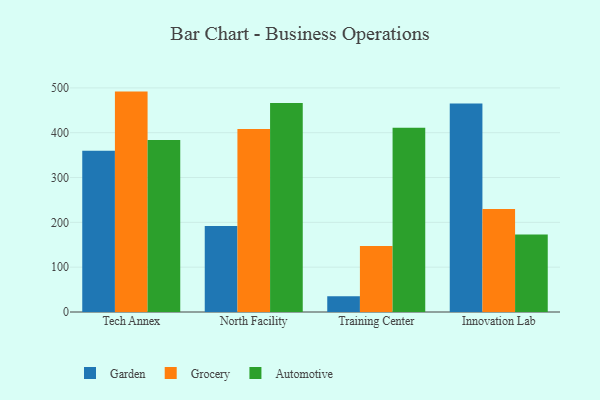
{"axis": {"x": "Campus", "y": "Population (Million)"}, "legend": ["Automotive", "Garden", "Grocery"], "data": [{"x": "Tech Annex", "y": 360.0, "type": "Garden"}, {"x": "Tech Annex", "y": 491.7, "type": "Grocery"}, {"x": "Tech Annex", "y": 384.0, "type": "Automotive"}, {"x": "North Facility", "y": 191.9, "type": "Garden"}, {"x": "North Facility", "y": 408.2, "type": "Grocery"}, {"x": "North Facility", "y": 466.4, "type": "Automotive"}, {"x": "Training Center", "y": 35.2, "type": "Garden"}, {"x": "Training Center", "y": 147.0, "type": "Grocery"}, {"x": "Training Center", "y": 410.9, "type": "Automotive"}, {"x": "Innovation Lab", "y": 465.1, "type": "Garden"}, {"x": "Innovation Lab", "y": 230.0, "type": "Grocery"}, {"x": "Innovation Lab", "y": 172.8, "type": "Automotive"}]}